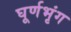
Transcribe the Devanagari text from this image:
घूर्णभृंग